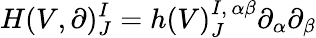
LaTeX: H(V,\partial)_{J}^{I}=h(V)_{J}^{I,\, \alpha\beta}\partial_{\alpha}\partial_{\beta}